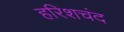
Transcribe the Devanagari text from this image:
हरिशचंद